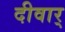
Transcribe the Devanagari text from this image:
दीवार्